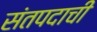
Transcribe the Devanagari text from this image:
संतपदाची